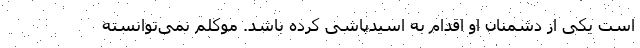
است یکی از دشمنان او اقدام به اسیدپاشی کرده باشد. موکلم نمی‌توانسته